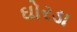
ઘોરડા